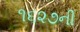
૧૬૨૭ની